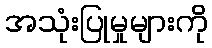
အသုံးပြုမှုများကို